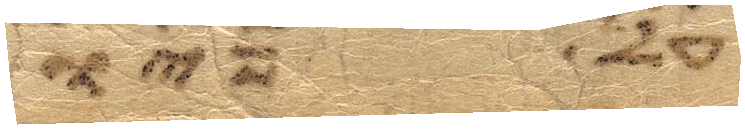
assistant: עליו